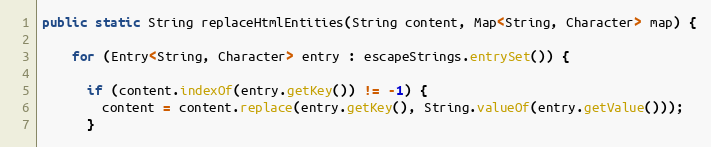
Language: Java
public static String replaceHtmlEntities(String content, Map<String, Character> map) {

    for (Entry<String, Character> entry : escapeStrings.entrySet()) {

      if (content.indexOf(entry.getKey()) != -1) {
        content = content.replace(entry.getKey(), String.valueOf(entry.getValue()));
      }